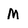
Character: M